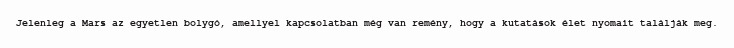
Jelenleg a Mars az egyetlen bolygó, amellyel kapcsolatban még van remény, hogy a kutatások élet nyomait találják meg.